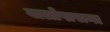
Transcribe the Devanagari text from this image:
बालोपासना